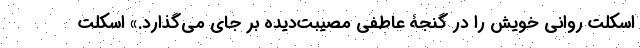
اسکلت روانی خویش را در گنجۀ عاطفی مصیبت‌دیده بر جای می‌گذارد.» اسکلت